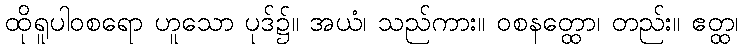
ထိုရူပါဝစရော ဟူသော ပုဒ်၌။ အယံ၊ သည်ကား။ ဝစနတ္ထော၊ တည်း။ ဧတ္ထ၊